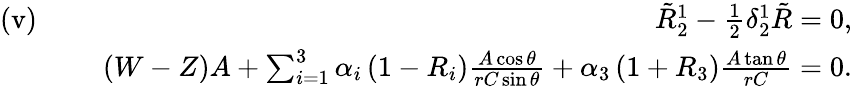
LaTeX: \begin{array}{rlr}{\mathrm{(v)}\, \, }&{}&{\tilde{R}_{2}^{1}-\frac{1}{2}\delta_{2}^{1}\tilde{R}=0,}\\ &{}&{(W-Z)A+\sum_{i=1}^{3}\alpha_{i}\left(1-R_{i}\right)\frac{A\cos\theta}{rC\sin\theta}+\alpha_{3}\left(1+R_{3}\right)\frac{A\tan\theta}{rC}=0.}\end{array}